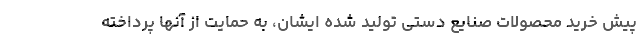
پیش خرید محصولات صنایع دستی تولید شده ایشان، به حمایت از آنها پرداخته